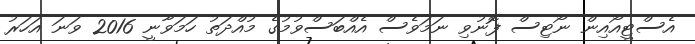
އެސްޓީއޯއިން ނޯޓިސް ފޮނުވި ނަމަވެސް އެއްބަސްވުމުގެ މުއްދަތު ހަމަވާނީ 2016 ވަނަ އަހަރު